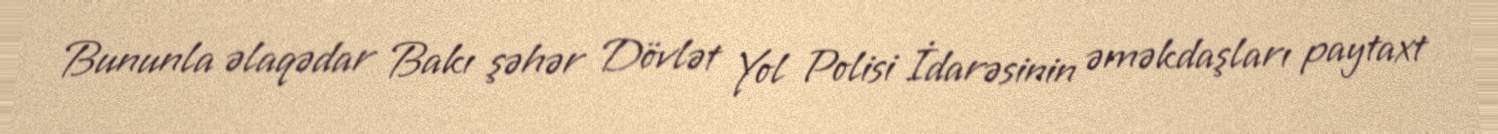
Bununla əlaqədar Bakı şəhər Dövlət Yol Polisi İdarəsinin əməkdaşları paytaxt